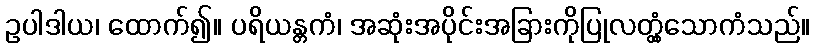
ဥပါဒါယ၊ ထောက်၍။ ပရိယန္တကံ၊ အဆုံးအပိုင်းအခြားကိုပြုလတ္တံ့သောကံသည်။